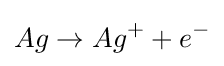
Ag\rightarrow Ag^{+}+e^{-}